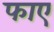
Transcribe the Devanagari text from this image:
फाए